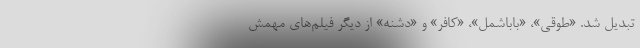
تبدیل شد. «طوقی»، «باباشمل»، «کافر» و «دشنه» از دیگر فیلم‌های مهمش